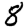
Digit: 8